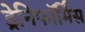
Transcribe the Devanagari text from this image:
ड्रेनिफॉर्मिस